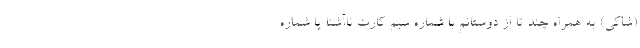
(شاکی) به همراه چند تا از دوستانم با شماره سیم کارت ناآشنا یا شماره